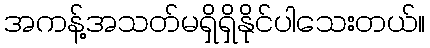
အကန့်အသတ်မရှိရှိနိုင်ပါသေးတယ်။